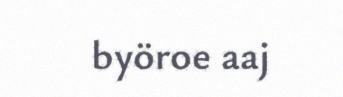
byöroe aaj